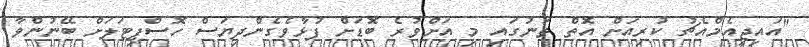
"އައިޖީއެމްއެޗު ކުރިއަށް އޮތް ތަނުގައި މި އަށްވުރެ ބޮޑަށް ފުޅާވެގެންދިޔަސް ހޮސްޕިޓަލަށް ބޭނުންވާ